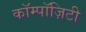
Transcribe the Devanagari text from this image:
कॉम्पॉज़िटी